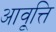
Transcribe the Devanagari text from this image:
आवृ्त्ति